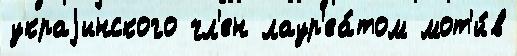
украjинского чл'ен лаур'еа́том мот'и́в